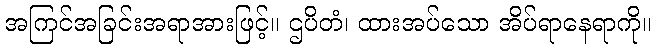
အကြင်အခြင်းအရာအားဖြင့်။ ဌပိတံ၊ ထားအပ်သော အိပ်ရာနေရာကို။